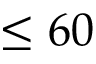
\leq 6 0